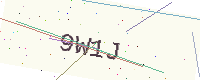
Text: 9W1J